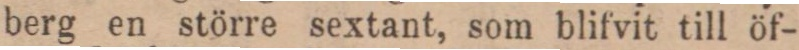
berg en större sextant, som blifvit till öf-